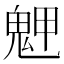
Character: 𩲳